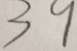
3 9